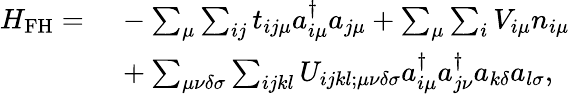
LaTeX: \begin{array}{rl}{H_{\mathrm{FH}}=\, }&{{}-\sum_{\mu}\sum_{ij}t_{ij\mu}a_{i\mu}^{\dagger}a_{j\mu}+\sum_{\mu}\sum_{i}V_{i\mu}n_{i\mu}}\\ {\, }&{{}+\sum_{\mu\nu\delta\sigma}\sum_{ijkl}U_{ijkl;\mu\nu\delta\sigma}a_{i\mu}^{\dagger}a_{j\nu}^{\dagger}a_{k\delta}a_{l\sigma},}\end{array}